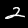
Digit: 2